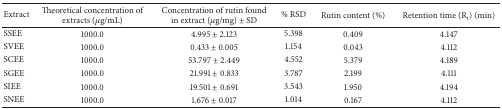
<table><thead><tr><td><b>Extract</b></td><td><b>Theoretical concentration of extracts (<i>μ</i>g/mL)</b></td><td><b>Concentration of rutin found in extract (<i>μ</i>g/mg) ± SD</b></td><td><b>% RSD</b></td><td><b>Rutin content (%)</b></td><td><b>Retention time (R<sub>t</sub>) (min)</b></td></tr></thead><tbody><tr><td>SSEE</td><td>1000.0</td><td>4.995 ± 2.123</td><td>5.398</td><td>0.409</td><td>4.147</td></tr><tr><td>SVEE</td><td>1000.0</td><td>0.433 ± 0.005</td><td>1.154</td><td>0.043</td><td>4.112</td></tr><tr><td>SCEE</td><td>1000.0</td><td>53.797 ± 2.449</td><td>4.552</td><td>5.379</td><td>4.189</td></tr><tr><td>SGEE</td><td>1000.0</td><td>21.991 ± 0.833</td><td>3.787</td><td>2.199</td><td>4.111</td></tr><tr><td>SIEE</td><td>1000.0</td><td>19.501 ± 0.691</td><td>3.543</td><td>1.950</td><td>4.194</td></tr><tr><td>SNEE</td><td>1000.0</td><td>1.676 ± 0.017</td><td>1.014</td><td>0.167</td><td>4.112</td></tr></tbody></table>